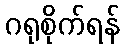
ဂရုစိုက်ရန်